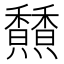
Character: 𩡢